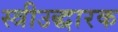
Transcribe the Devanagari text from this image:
स्त्रीउद्धारक